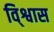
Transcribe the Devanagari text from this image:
वि्श्वास